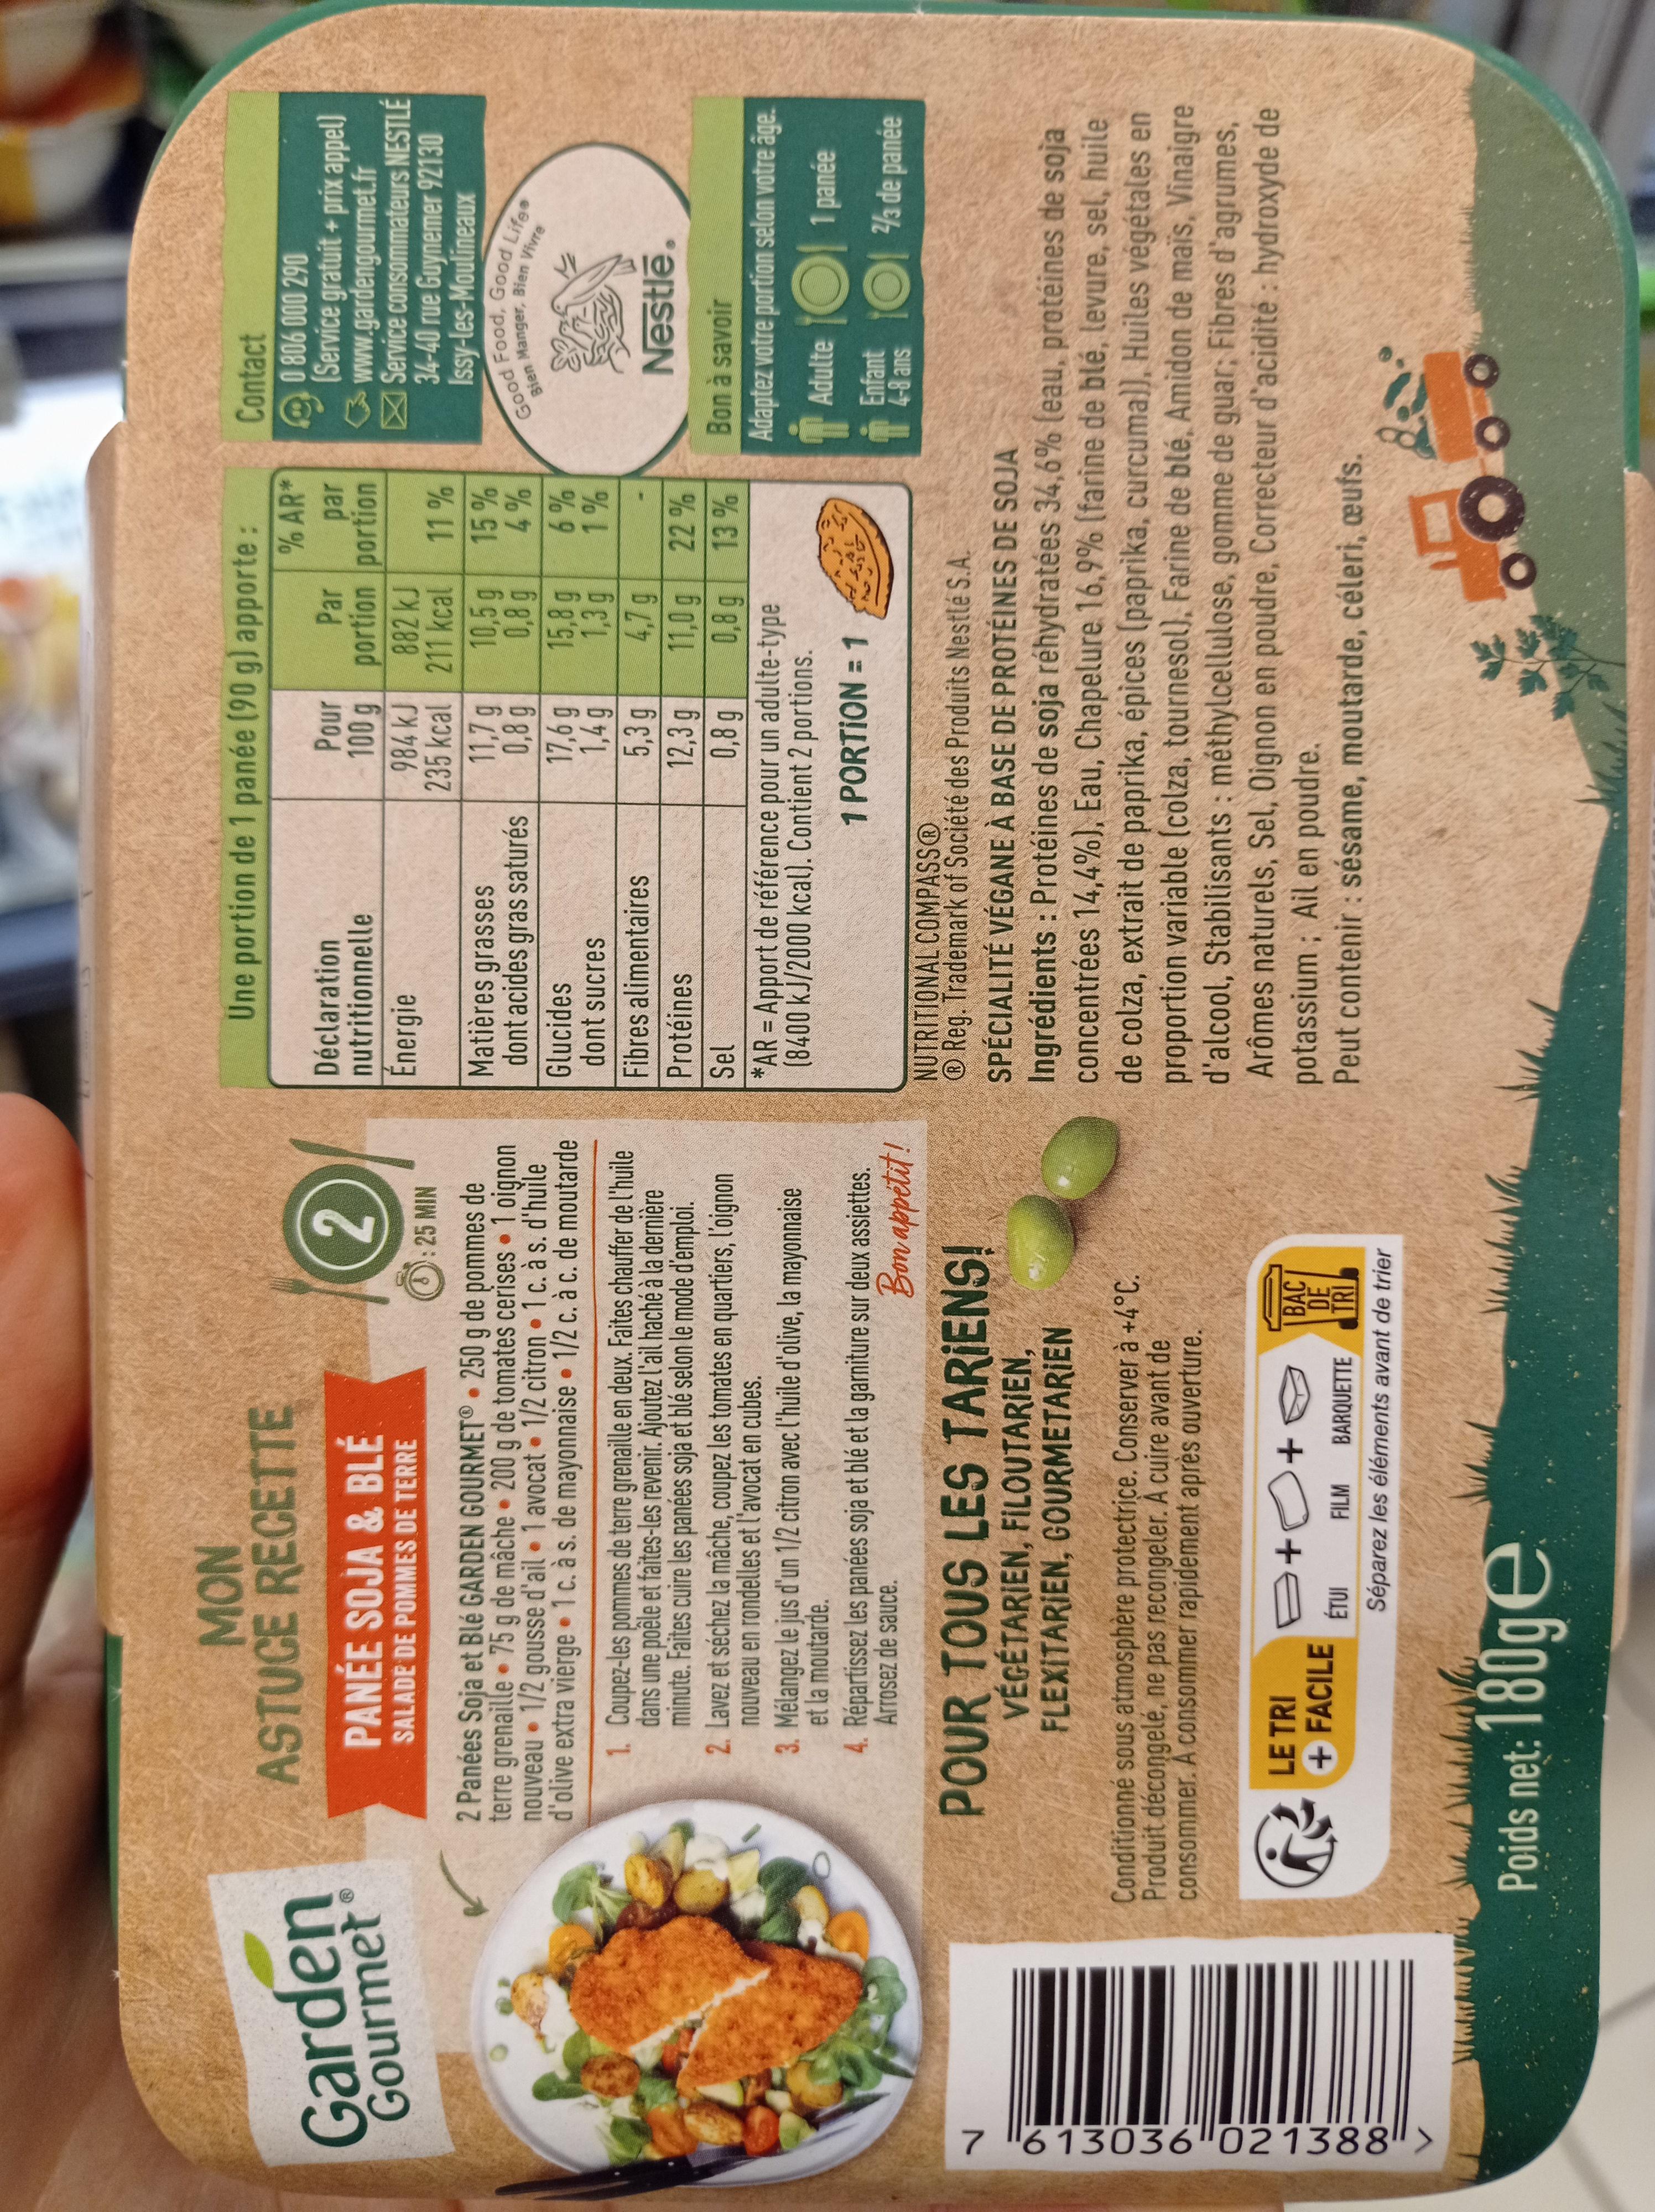
Garden
Gourmet
7 613036 021388">
MON
ASTUCE RECETTE
PANÉE SOJA & BLE
2
SALADE DE POMMES DE TERRE
: 25 MIN
2 Panées Soja et Blé GARDEN GOURMET 250 g de pommes de terre grenaille 75 g de mâche 200 g de tomates cerises. 1 oignon nouveau 1/2 gousse d'ail 1 avocat 1/2 citron 1 c. à s. d'huile d'olive extra vierge 1 c. à s. de mayonnaise 1/2 c. à c. de moutarde
●
K
1. Coupez-les pommes de terre grenaille en deux. Faites chauffer de l'huile dans une poêle et faites-les revenir. Ajoutez l'ail haché à la dernière minute. Faites cuire les panées soja et blé selon le mode d'emploi.
2. Lavez et séchez la mâche, coupez les tomates en quartiers, l'oignon nouveau en rondelles et l'avocat en cubes.
3. Mélangez le jus d'un 1/2 citron avec l'huile d'olive, la mayonnaise et la moutarde.
4. Répartissez les panées soja et blé et la garniture sur deux assiettes. Arrosez de sauce.
Bon appetit!
POUR TOUS LES TARIENS!
VÉGÉTARIEN, FILOUTARIEN, FLEXITARIEN, GOURMETARIEN
Conditionné sous atmosphère protectrice. Conserver à +4°C. Produit décongelé, ne pas recongeler. A cuire avant de consommer. A consommer rapidement après ouverture.
&
LE TRI + FACILE
B+0+
BAC DE
TRI
ÉTUI FILM BARQUETTE Séparez les éléments avant de trier
Poids net: 180ge
Contact
Une portion de 1 panée (90 g) apporte :
% AR*
Pour
Par par
Déclaration nutritionnelle
100 g
portion
portion
Energie
984 KJ
882 kJ
235 kcal
211 kcal
11%
Matières grasses
11,7 g
10,5 g
15%
dont acides gras saturés
0,8 g
0,8 g
4%
Bien Manger, Bien
Good Food, Good Life
Vivre
Glucides
17,6 g
15,8 g
6%
dont sucres
1,4 g
1,3 g
1%
5,3 g
4,7 g
Fibres alimentaires Protéines
Nestlē.
12,3 g
11,0 g
Bon à savoir
Sel
0,8 g
0,8 g
Adaptez votre portion selon votre âge.
*AR = Apport de référence pour un adulte-type (8400 kJ/2000 kcal). Contient 2 portions.
Adulte
1 panée
1 PORTION = 1
fel SG
Enfant
2/3 de panée
4-8 ans
NUTRITIONAL COMPASSⓇ
Reg. Trademark of Société des Produits Nestlé S.A.
SPÉCIALITÉ VÉGANE À BASE DE PROTÉINES DE SOJA Ingrédients : Protéines de soja réhydratées 34,6% (eau, protéines de soja concentrées 14,4%), Eau, Chapelure 16,9% (farine de blé, levure, sel, huile de colza, extrait de paprika, épices (paprika, curcuma)), Huiles végétales en proportion variable (colza, tournesol), Farine de blé, Amidon de maïs, Vinaigre d'alcool, Stabilisants : méthylcellulose, gomme de guar; Fibres d'agrumes, Arômes naturels, Sel, Oignon en poudre, Correcteur d'acidité: hydroxyde de potassium; Ail en poudre.
Peut contenir : sésame, moutarde, céleri, œufs.
O
22%
13%
0 806 000 290 (Service gratuit + prix appel) www.gardengourmet.fr
Service consommateurs NESTLE 34-40 rue Guynemer 92130 Issy-les-Moulineaux